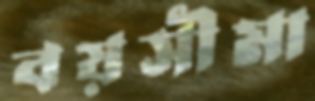
বয়সীমা